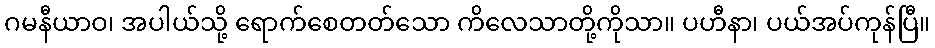
ဂမနီယာဝ၊ အပါယ်သို့ ရောက်စေတတ်သော ကိလေသာတို့ကိုသာ။ ပဟီနာ၊ ပယ်အပ်ကုန်ပြီ။